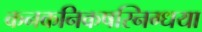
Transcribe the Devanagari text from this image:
कनकनिकषस्निग्धया